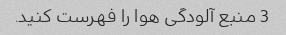
3 منبع آلودگی هوا را فهرست کنید.